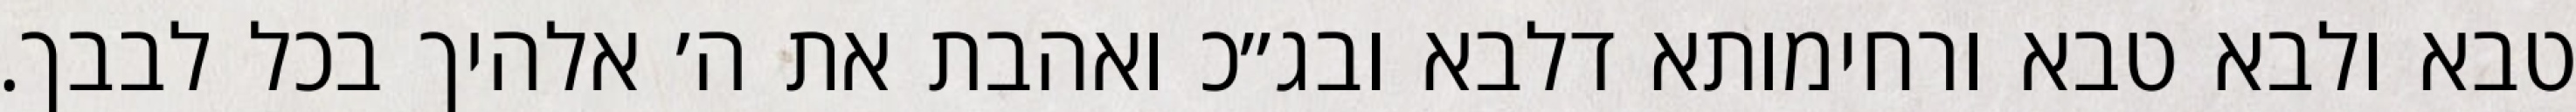
טבא ולבא טבא ורחימותא דלבא ובג״כ ואהבת את ה׳ אלהיך בכל לבבך.